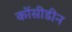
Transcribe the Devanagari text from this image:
कोंसीडीन